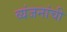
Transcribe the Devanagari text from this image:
व्यंजनांची